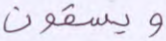
ويسقون